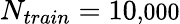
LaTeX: N_{train}=10\small{,}000